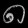
Digit: ၈